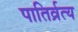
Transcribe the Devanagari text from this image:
पातिर्व्रत्य